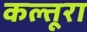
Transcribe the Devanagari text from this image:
कल्तूरा